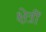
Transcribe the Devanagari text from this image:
क्षेत्रीं